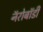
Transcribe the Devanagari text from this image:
नॅरोबॉडी